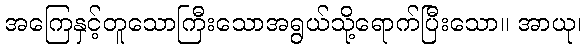
အကြေနှင့်တူသောကြီးသောအရွယ်သို့ရောက်ပြီးသော။ အာယု၊